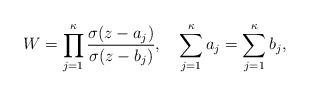
LaTeX: \begin{align*}W=\prod_{j=1}^{\kappa} \frac{\sigma(z-a_{j})}{\sigma(z-b_{j})},\quad \sum_{j=1}^{\kappa} a_{j}=\sum_{j=1}^{\kappa} b_{j},\end{align*}